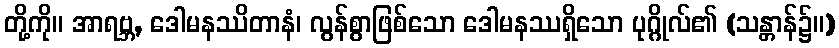
တို့ကို။ အာရဗ္ဘ, ဒေါမနဿိတာနံ၊ လွန်စွာဖြစ်သော ဒေါမနဿရှိသော ပုဂ္ဂိုလ်၏ (သန္တာန်၌။)